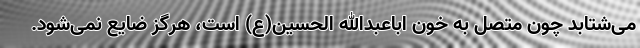
می‌شتابد چون متصل به خون اباعبدالله الحسین(ع) است، هرگز ضایع نمی‌شود.